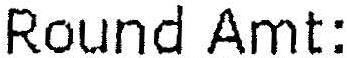
ROUND AMT: